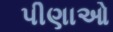
પીણાઓ